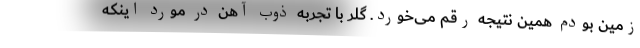
زمین بودم همین نتیجه رقم می‌خورد. گلر با تجربه ذوب آهن در مورد اینکه